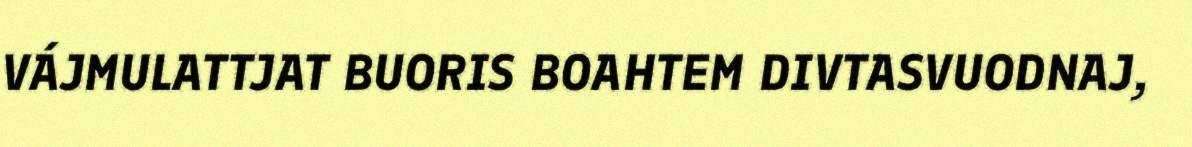
VÁJMULATTJAT BUORIS BOAHTEM DIVTASVUODNAJ,